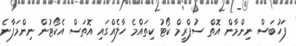
ފަހުބަސް ނިންމާން އޮތް ސުޕްރީމް ކޯޓު ކިތައްމެ ހާލެއްގައި އޮތަސް އެކޯޓުން ނިންމަފާނެ